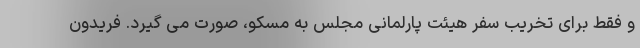
و فقط برای تخریب سفر هیئت پارلمانی مجلس به مسکو، صورت می گیرد. فریدون